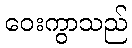
ဝေးကွာသည်